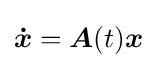
{\boldsymbol {\dot {x}}}={\boldsymbol {A}}(t){\boldsymbol {x}}